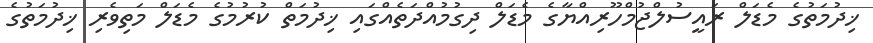
ޚިދުމަތުގެ މެޑަލް ރައީސުލްޖުމްހޫރިއްޔާގެ މެޑަލް ދިގުމުއްދަތެއްގައި ޚިދުމަތް ކުރުމުގެ މެޑަލް މަތިވެރި ޚިދުމަތުގެ